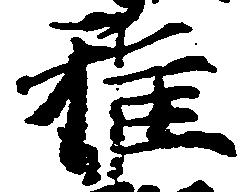
雅